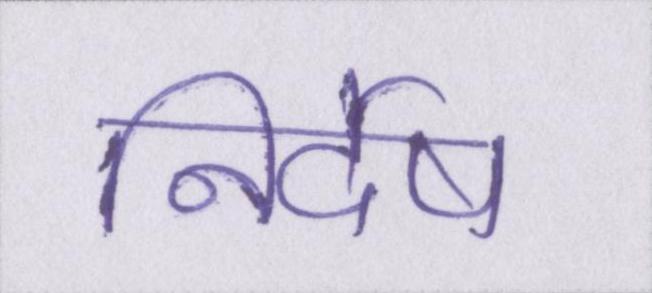
निर्देष